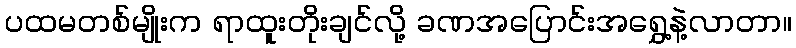
ပထမတစ်မျိုးက ရာထူးတိုးချင်လို့ ခဏအပြောင်းအရွှေ့နဲ့လာတာ။